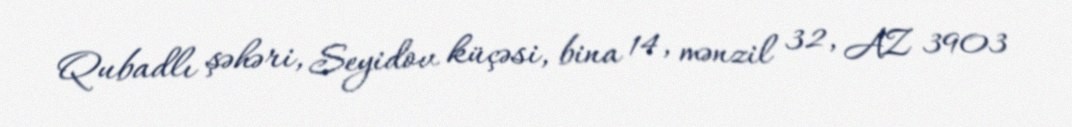
Qubadlı şəhəri, Seyidov küçəsi, bina 14, mənzil 32, AZ 3903